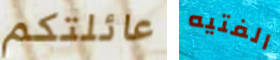
عائلتكم الفتيه